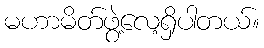
မဟာမိတ်ဖွဲ့လေ့ရှိပါတယ်။